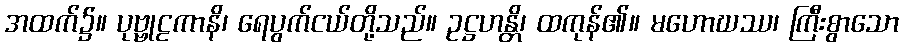
အထက်၌။ ပုဗ္ဗုဠကာနိ၊ ရေပွက်ငယ်တို့သည်။ ဥဋ္ဌဟန္တိ၊ ထကုန်၏။ မဟောဃဿ၊ ကြီးစွာသော